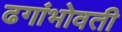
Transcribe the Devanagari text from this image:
ढगांभोवती